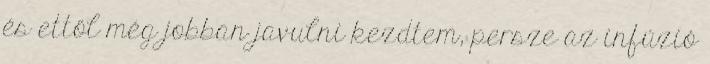
és ettől még jobban javulni kezdtem, persze az infúzió